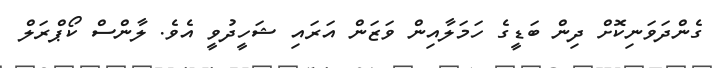
ގެންދަވަނިކޮށް ދިން ބަޑީގެ ހަމަލާއިން ވަޒަން އަރައި ޝަހީދުވީ އެވެ. ލާންސް ކޯޕްރަލް